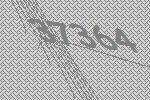
37364